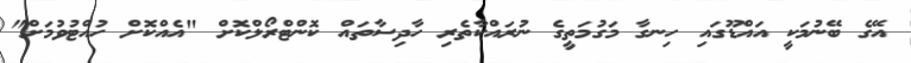
އޭގެ ބޭނުމަކީ އައްޑޫގައި ހިނގާ މަގުމަތީގެ ނުރައްކާތެރި ހާދިސާތައް ކޮންޓްރޯލްކޮށް "އެއްކޮށް ހުއްޓުވުމަށް"